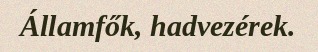
Államfők, hadvezérek.